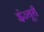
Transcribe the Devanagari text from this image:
इंज्यूरी